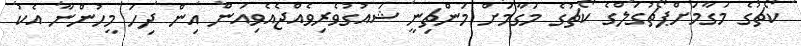
ކޯޗުގެ މަގާމަށްޕޯޗުގަލްގެ ކޯޗުގެ މަގާމަށް މަންޗިނީ ޝައުގުވެރިވެއްޖެއެވިއަން އިން ދިހަ މީހުންނާ އެކު